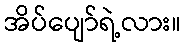
အိပ်ပျော်ရဲ့လား။